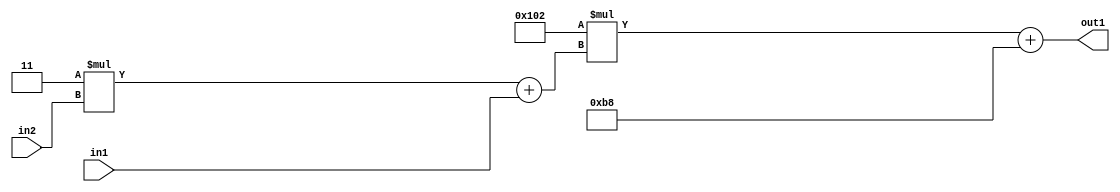
`timescale 1ps / 1ps
/*****************************************************************************
    Verilog RTL Description
    
    
    Created by: Stratus DpOpt 2019.1.01 
*******************************************************************************/

module DC_Filter_Add2i184Mul2i258Add2u1Mul2i3u2_1 (
	in2,
	in1,
	out1
	); /* architecture "behavioural" */ 
input [1:0] in2;
input  in1;
output [11:0] out1;
wire [11:0] asc001;
wire [3:0] asc002;

wire [3:0] asc002_tmp_0;
assign asc002_tmp_0 = 
	+(4'B0011 * in2);
assign asc002 = asc002_tmp_0
	+(in1);

wire [11:0] asc001_tmp_1;
assign asc001_tmp_1 = 
	+(12'B000100000010 * asc002);
assign asc001 = asc001_tmp_1
	+(12'B000010111000);

assign out1 = asc001;
endmodule

/* CADENCE  v7X2TwE= : u9/ySgnWtBlWxVPRXgAZ4Og= ** DO NOT EDIT THIS LINE ******/